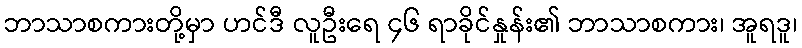
ဘာသာစကားတို့မှာ ဟင်ဒီ လူဦးရေ ၄၆ ရာခိုင်နှုန်း၏ ဘာသာစကား၊ အူရဒူ၊